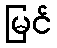
မြင်